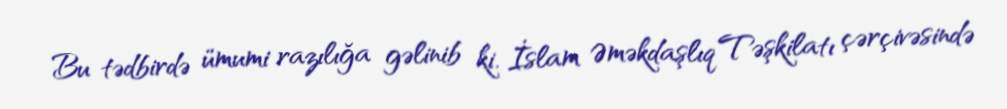
Bu tədbirdə ümumi razılığa gəlinib ki, İslam Əməkdaşlıq Təşkilatı çərçivəsində